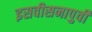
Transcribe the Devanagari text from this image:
इसवीसनापुर्वी